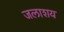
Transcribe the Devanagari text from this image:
जलाश्‍ाय